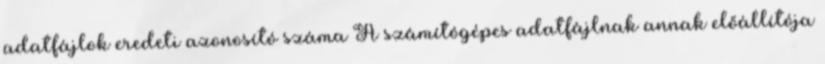
adatfájlok eredeti azonosító száma A számítógépes adatfájlnak annak előállítója